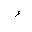
Letter: _hamza